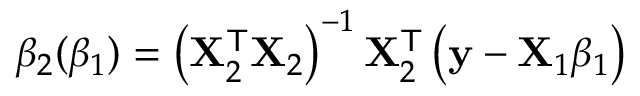
\beta _ { 2 } ( \beta _ { 1 } ) = \left( \mathbf { X } _ { 2 } ^ { \mathsf { T } } \mathbf { X } _ { 2 } \right) ^ { - 1 } \mathbf { X } _ { 2 } ^ { \mathsf { T } } \left( \mathbf { y } - \mathbf { X } _ { 1 } \beta _ { 1 } \right)